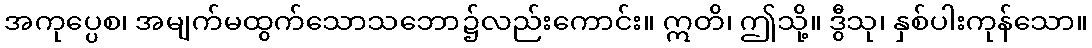
အကုပ္ပေစ၊ အမျက်မထွက်သောသဘော၌လည်းကောင်း။ ဣတိ၊ ဤသို့။ ဒွီသု၊ နှစ်ပါးကုန်သော။